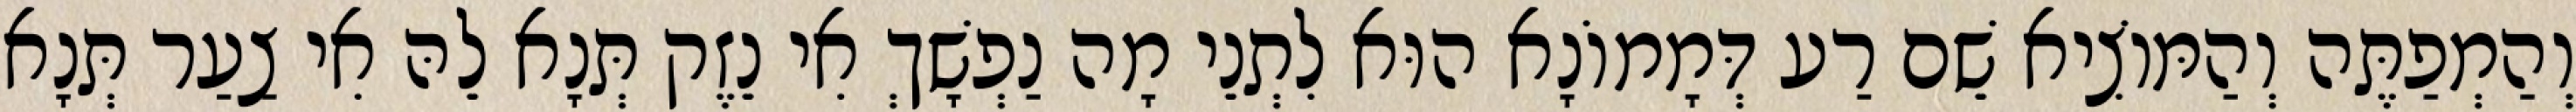
וְהַמְפַתֶּה וְהַמּוֹצִיא שֵׁם רַע דְּמָמוֹנָא הוּא לִתְנֵי מָה נַפְשָׁךְ אִי נֵזֶק תְּנָא לֵהּ אִי צַעַר תְּנָא